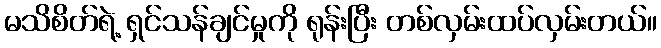
မသိစိတ်ရဲ့ ရှင်သန်ချင်မှုကို ရုန်းပြီး တစ်လှမ်းထပ်လှမ်းတယ်။